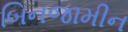
બિનજામીન